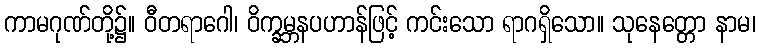
ကာမဂုဏ်တို့၌။ ဝီတရာဂေါ၊ ဝိက္ခမ္ဘနပဟာန်ဖြင့် ကင်းသော ရာဂရှိသော။ သုနေတ္တော နာမ၊